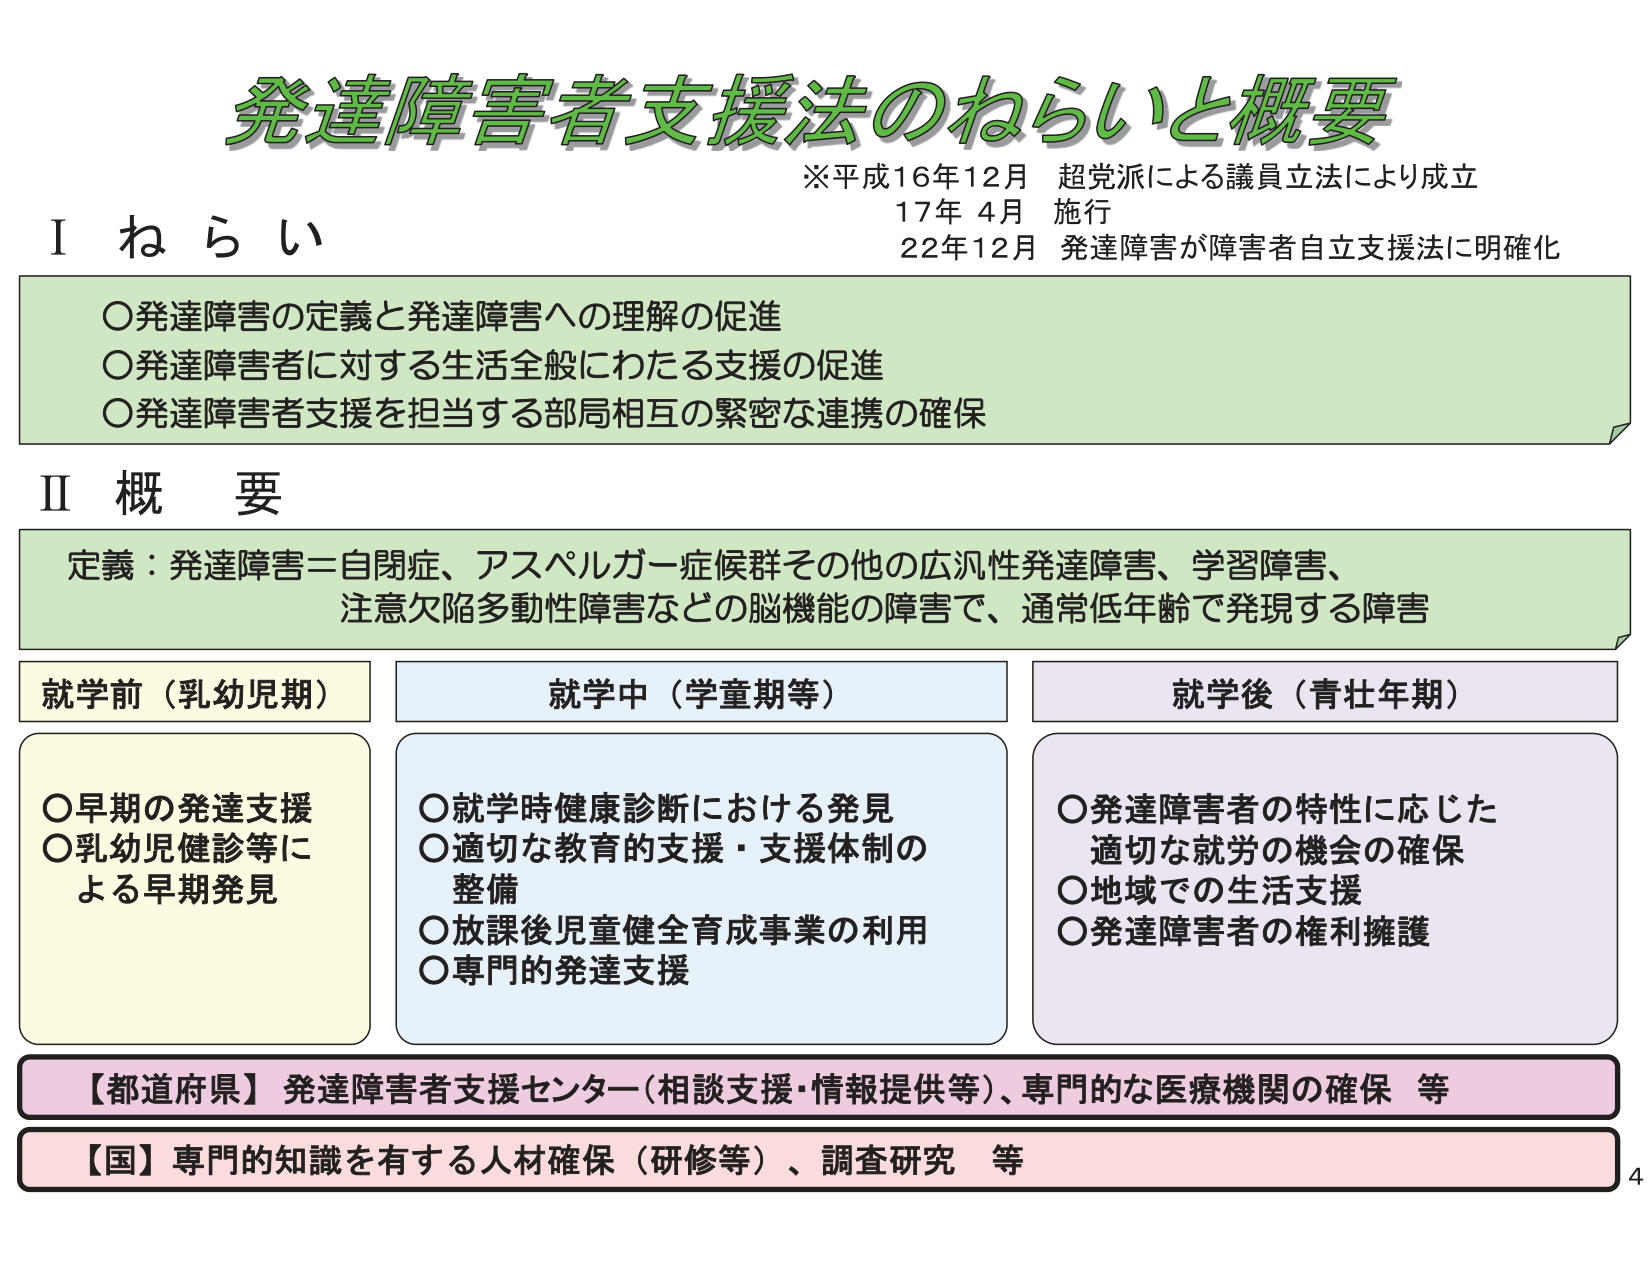
発達障害者支援法のねらいと概要
※平成16年12月 超党派による議員立法により成立
17年 4月 施行
22年12月 発達障害が障害者自立支援法に明確化

Ⅰ ねらい
○発達障害の定義と発達障害への理解の促進
○発達障害者に対する生活全般にわたる支援の促進
○発達障害者支援を担当する部局相互の緊密な連携の確保

Ⅱ 概要
定義：発達障害＝自閉症、アスペルガー症候群その他の広汎性発達障害、学習障害、
注意欠陥多動性障害などの脳機能の障害で、通常低年齢で発現する障害

就学前（乳幼児期）
○早期の発達支援
○乳幼児健診等による早期発見

就学中（学童期等）
○就学時健康診断における発見
○適切な教育的支援・支援体制の整備
○放課後児童健全育成事業の利用
○専門的発達支援

就学後（青壮年期）
○発達障害者の特性に応じた適切な就労の機会の確保
○地域での生活支援
○発達障害者の権利擁護

【都道府県】発達障害者支援センター（相談支援・情報提供等）、専門的な医療機関の確保 等
【国】専門的知識を有する人材確保（研修等）、調査研究 等

4